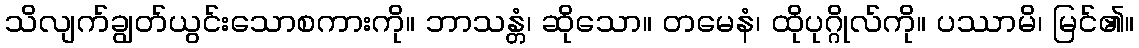
သိလျက်ချွတ်ယွင်းသောစကားကို။ ဘာသန္တံ၊ ဆိုသော။ တမေနံ၊ ထိုပုဂ္ဂိုလ်ကို။ ပဿာမိ၊ မြင်၏။